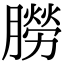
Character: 朥